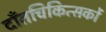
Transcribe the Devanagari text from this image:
दाँतचिकित्सकों